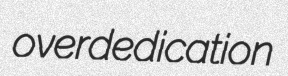
overdedication